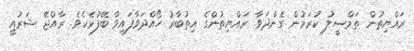
ރައްޔިތުން ތަމްސީލު ކުރަމުން ގެންދަވާ ރައްޔިތުންގެ އިތުބާރު ހޯއްދަވާފައިވާ ބޭފުޅެކެވެ. ރާއްޖޭ ޝަރުއީ